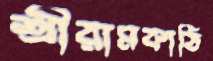
শ্রীরামকাঠি